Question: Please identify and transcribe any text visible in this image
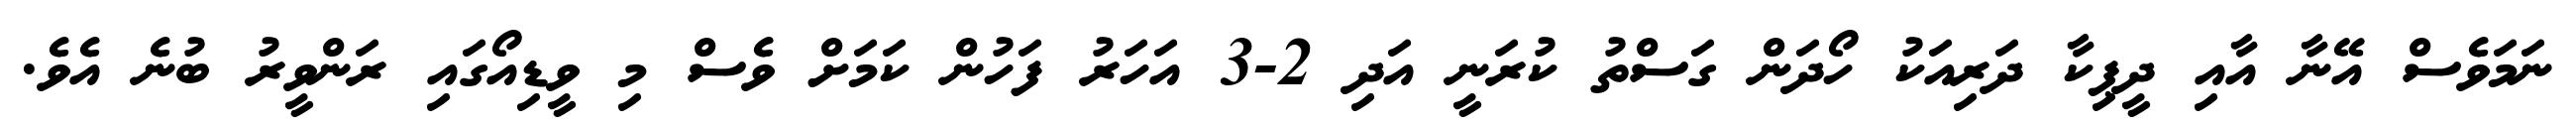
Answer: ނަމަވެސް އޭނާ އާއި ދީޕިކާ ދަރިއަކު ހޯދަން ގަސްތު ކުރަނީ އަދި 2-3 އަހަރު ފަހުން ކަމަށް ވެސް މި ވީޑިއޯގައި ރަންވީރު ބުނެ އެވެ.